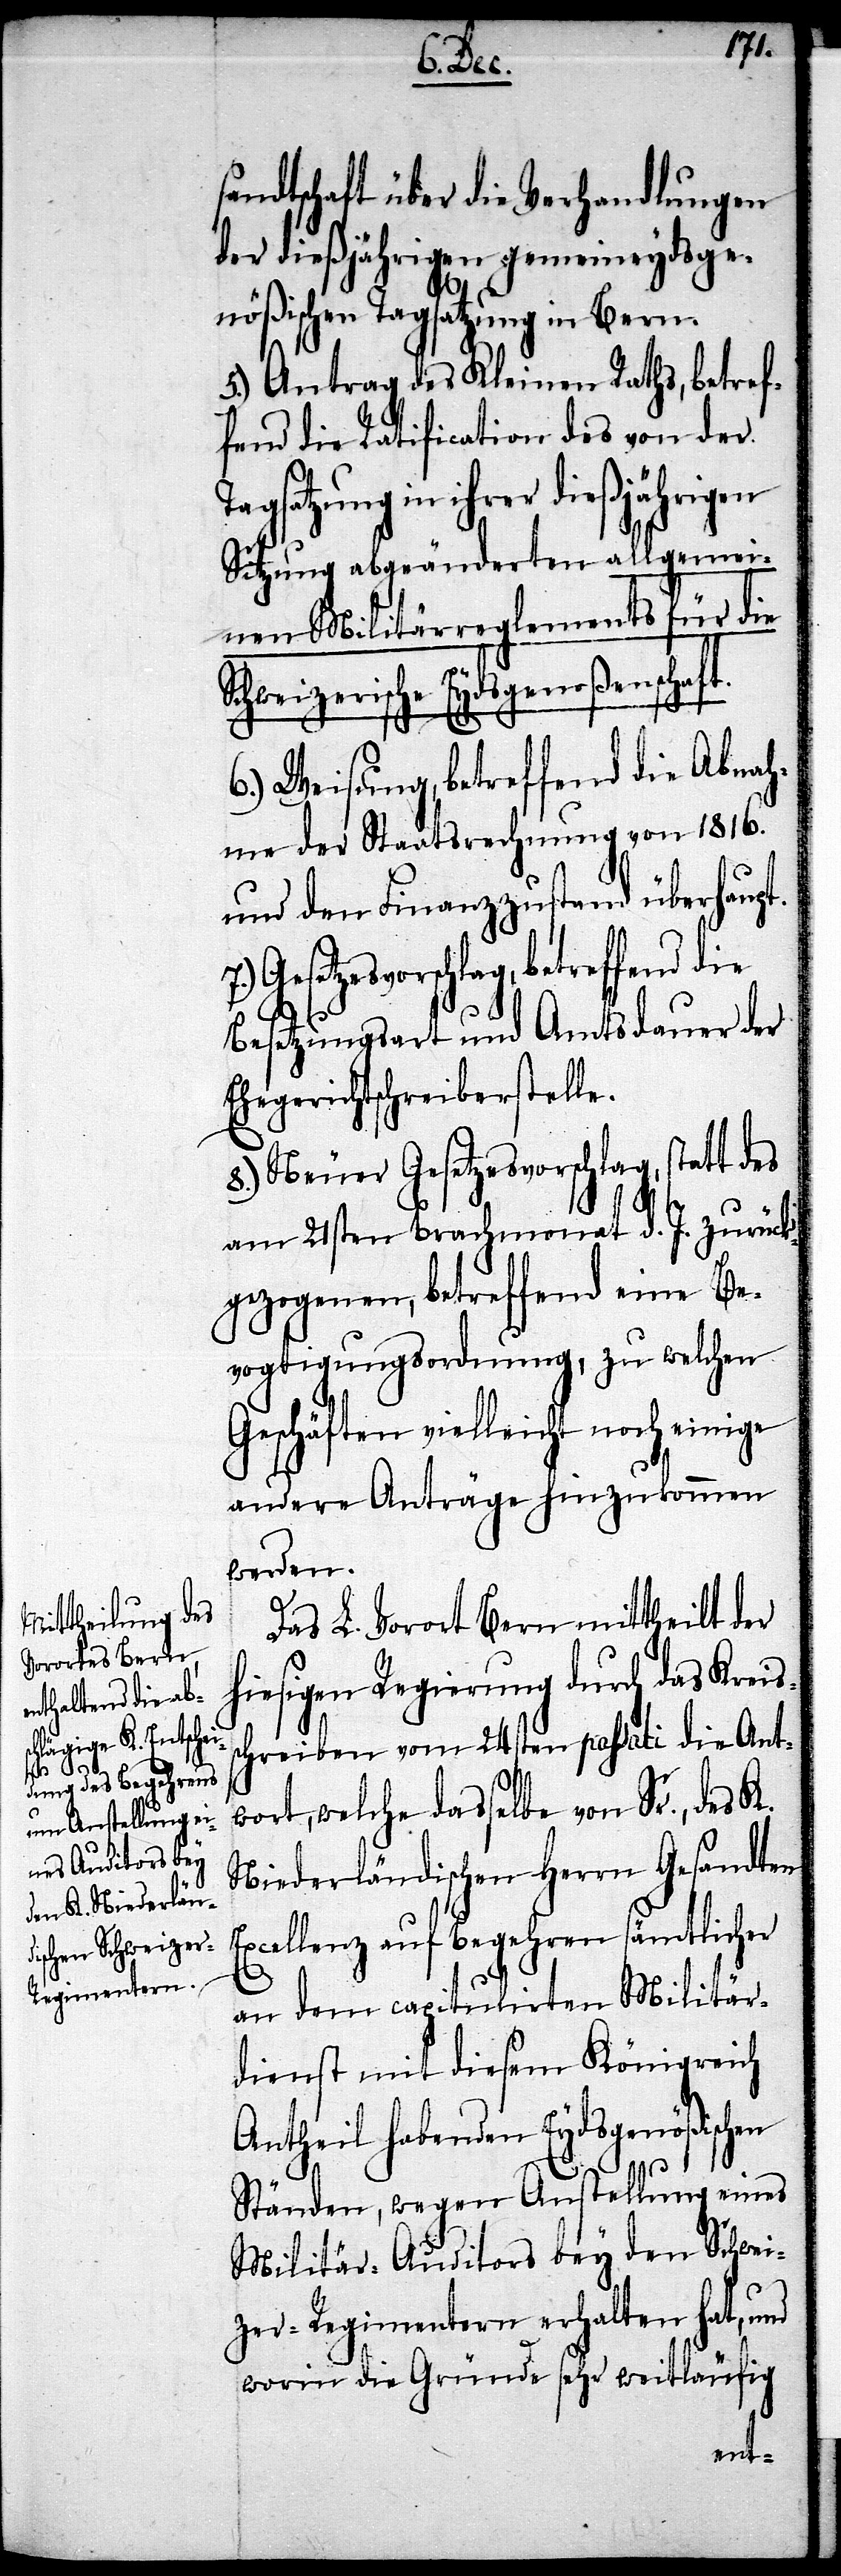
S¬

sandtschaft über die Verhandlungen
der dießjährigen gemeineydsge¬
nößischen Tagsatzung in Bern.
5.) Antrag des Kleinen Raths, betref¬
fend die Ratification des von der
in ihrer dießjährigen
Sitzung abgeänderten allgemei¬
nen Militärreglements für die
chweizerische Eydsgenoßenschaft.
6.) Weisung, betreffend die Abnah¬
me der Staatsrechnung von 1816.
und den Finanzzustand überhaupt.
Gesetzesvorschlag, betreffend die
Besetzungsart und Amtsdauer der
Ehegerichtschreiberstelle.
8.) Neuer Gesetzesvorschlag, statt
am 21sten Brachmonat d. J. zurück¬
gezogenen, betreffend eine Be¬
vogtigungsordnung, zu welchen
Geschäften vielleicht noch einige
andere Anträge hinzukommen
werden.
Das L. Vorort Bern mittheilt der
hiesigen Regierung durch das Kreis¬
schreiben vom 24sten passati die Ant¬
wort, welche dasselbe von Sr., des K.
Niederländischen Herrn Gesandten
Excellenz auf Begehren sämtlicher
an dem capitulirten Militär¬
dienst mit diesem Königreich
Antheil habenden Eydsgenößischen
Ständen, wegen Anstellung eines
Militär-Auditors bey den Schwei¬
zer-Regimentern erhalten hat, und
worin die Gründe sehr weitläufig